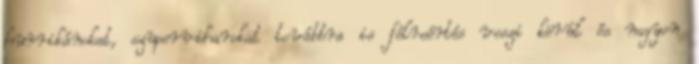
hurrikánokat, szuperviharokat továbbra is félreértés veszi körül és nagyon